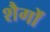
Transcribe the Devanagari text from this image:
शैगों